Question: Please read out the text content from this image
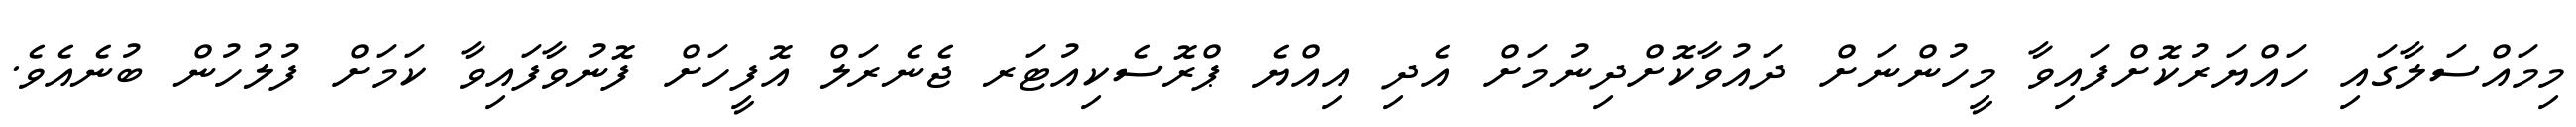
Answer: މިމައްސަލާގައި ހައްޔަރުކޮށްފައިވާ މީހުންނަށް ދައުވާކޮށްދިނުމަށް އެދި އިއްޔެ ޕްރޮސެކިއުޓަރ ޖެނެރަލް އޮފީހަށް ފޮނުވާފައިވާ ކަމަށް ފުލުހުން ބުނެއެވެ.